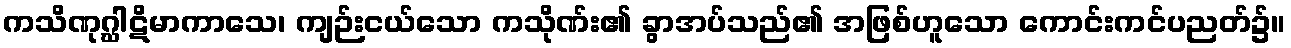
ကသိဏုဂ္ဃါဋိမာကာသေ၊ ကျဉ်းငယ်သော ကသိုဏ်း၏ ခွာအပ်သည်၏ အဖြစ်ဟူသော ကောင်းကင်ပညတ်၌။